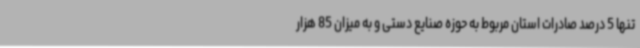
تنها 5 درصد صادرات استان مربوط به حوزه صنایع دستی و به میزان 85 هزار